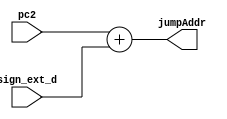
module adder16(input [15:0] pc2,sign_ext_d,
                output [15:0] jumpAddr);
//
//jumpAddr=PC2+sign_ext_d
assign jumpAddr = pc2 + sign_ext_d;
endmodule